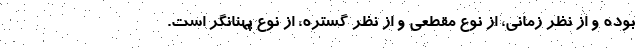
بوده و از نظر زمانی، از نوع مقطعی و از نظر گستره، از نوع پهنانگر است.